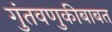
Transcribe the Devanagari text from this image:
गुंतवणुकीबाबत